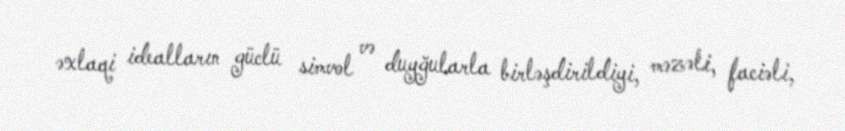
əxlaqi idealların güclü simvol və duyğularla birləşdirildiyi, məzəli, faciəli,